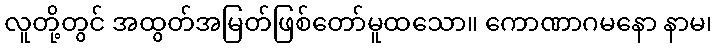
လူတို့တွင် အထွတ်အမြတ်ဖြစ်တော်မူထသော။ ကောဏာဂမနော နာမ၊